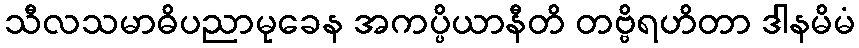
သီလသမာဓိပညာမုခေန အကပ္ပိယာနီတိ တဗ္ဗိရဟိတာ ဒါနမိမံ